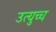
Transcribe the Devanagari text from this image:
उत्युच्च